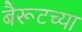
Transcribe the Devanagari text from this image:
बैरूटच्या